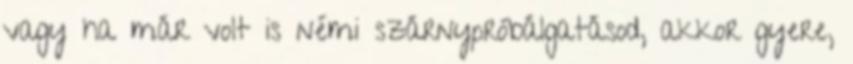
vagy ha már volt is némi szárnypróbálgatásod, akkor gyere,